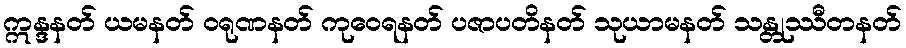
ဣန္ဒနတ် ယမနတ် ဝရုဏနတ် ကုဝေရနတ် ပဇာပတိနတ် သုယာမနတ် သန္တုဿီတနတ်